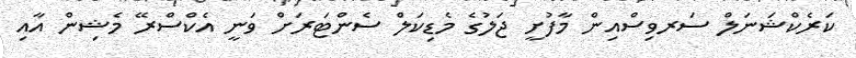
ކަރެކްޝަނަލް ސަރވިސްއިން މާފުށީ ޖަލުގެ މެޑިކަލް ސެންޓަރަށް ވަނީ އެކްސްރޭ މެޝިން އާއި